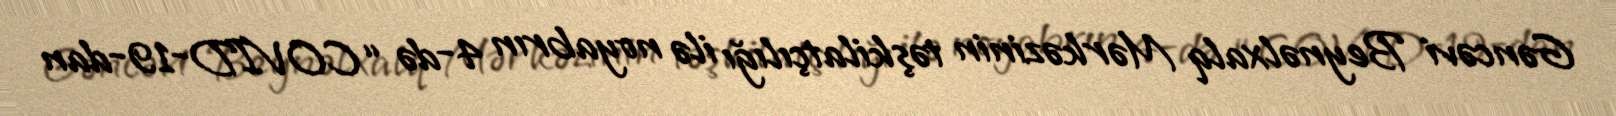
Gəncəvi Beynəlxalq Mərkəzinin təşkilatçılığı ilə noyabrın 4-də “COVID-19-dan